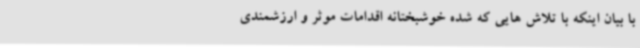
با بیان اینکه با تلاش هایی که شده خوشبختانه اقدامات موثر و ارزشمندی